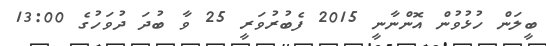
ބީލަން ހުޅުވުން އޮންނާނީ 2015 ފެބުރުވަރީ 25 ވާ ބުދަ ދުވަހުގެ 13:00